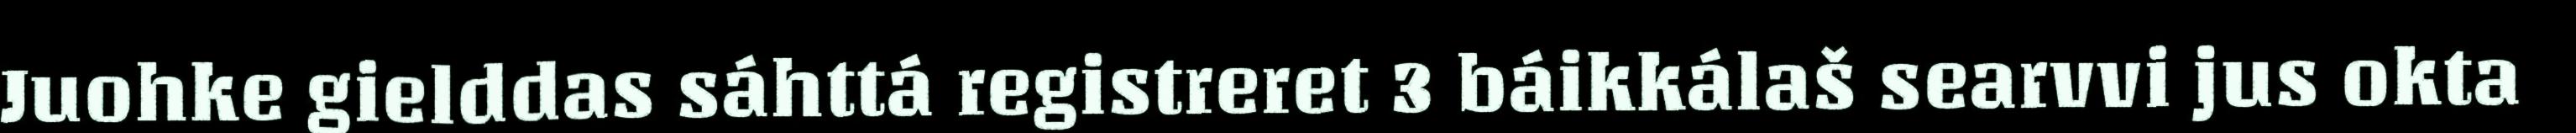
Juohke gielddas sáhttá registreret 3 báikkálaš searvvi jus okta